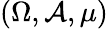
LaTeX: (\Omega,\mathcal{A},\mu)